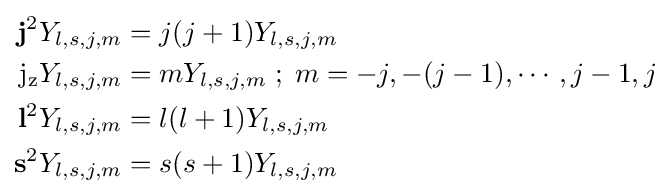
{\begin{aligned}\mathbf {j} ^{2}Y_{l,s,j,m}&=j(j+1)Y_{l,s,j,m}\\\mathrm {j} _{\mathrm {z} }Y_{l,s,j,m}&=mY_{l,s,j,m}\;;\;m=-j,-(j-1),\cdots ,j-1,j\\\mathbf {l} ^{2}Y_{l,s,j,m}&=l(l+1)Y_{l,s,j,m}\\\mathbf {s} ^{2}Y_{l,s,j,m}&=s(s+1)Y_{l,s,j,m}\end{aligned}}